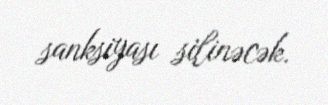
sanksiyası silinəcək.